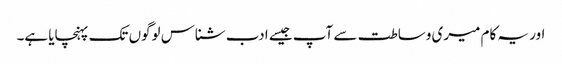
اور یہ کام میری وساطت سے آپ جیسے ادب شناس لوگوں تک پہنچایا ہے۔